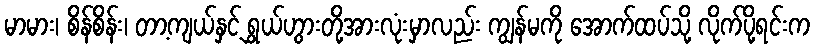
မာမား၊ စိန်စိန်း၊ တာ့ကျယ်နှင့် ရွှယ်ဟွားတို့အားလုံးမှာလည်း ကျွန်မကို အောက်ထပ်သို့ လိုက်ပို့ရင်းက